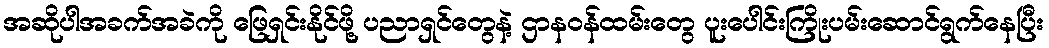
အဆိုပါအခက်အခဲကို ဖြေရှင်းနိုင်ဖို့ ပညာရှင်တွေနဲ့ ဌာနဝန်ထမ်းတွေ ပူးပေါင်းကြိုးပမ်းဆောင်ရွက်နေပြီး